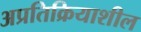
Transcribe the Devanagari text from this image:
अप्रतिक्रियाशील